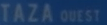
TAZA QUEST